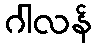
ဂါလန်